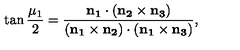
\tan { \frac { \mu _ { 1 } } 2 } = \frac { \bf { n } _ { 1 } \cdot ( \bf { n } _ { 2 } \times \bf { n } _ { 3 } ) } { ( \bf { n } _ { 1 } \times \bf { n } _ { 2 } ) \cdot ( \bf { n } _ { 1 } \times \bf { n } _ { 3 } ) } ,